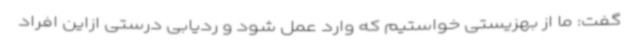
گفت: ما از بهزیستی خواستیم که وارد عمل شود و ردیابی درستی ازاین افراد